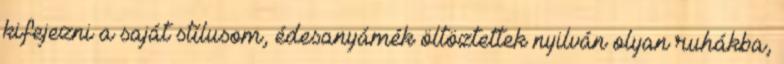
kifejezni a saját stílusom, édesanyámék öltöztettek nyilván olyan ruhákba,